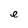
Character: e